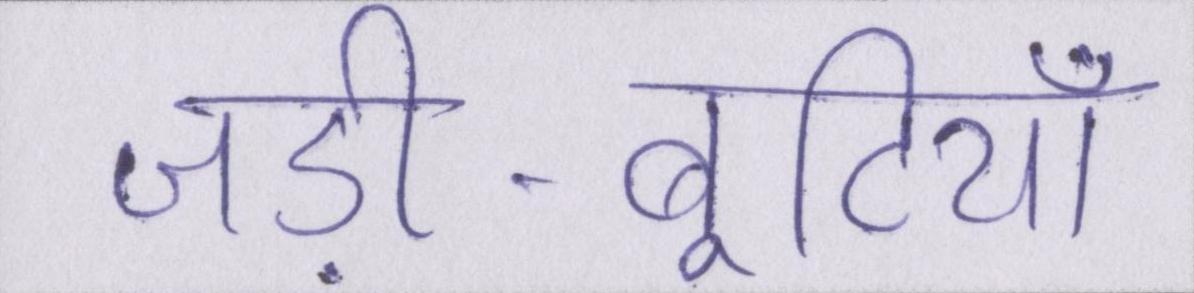
जड़ी-बूटियाँ